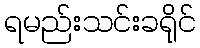
ရမည်းသင်းခရိုင်